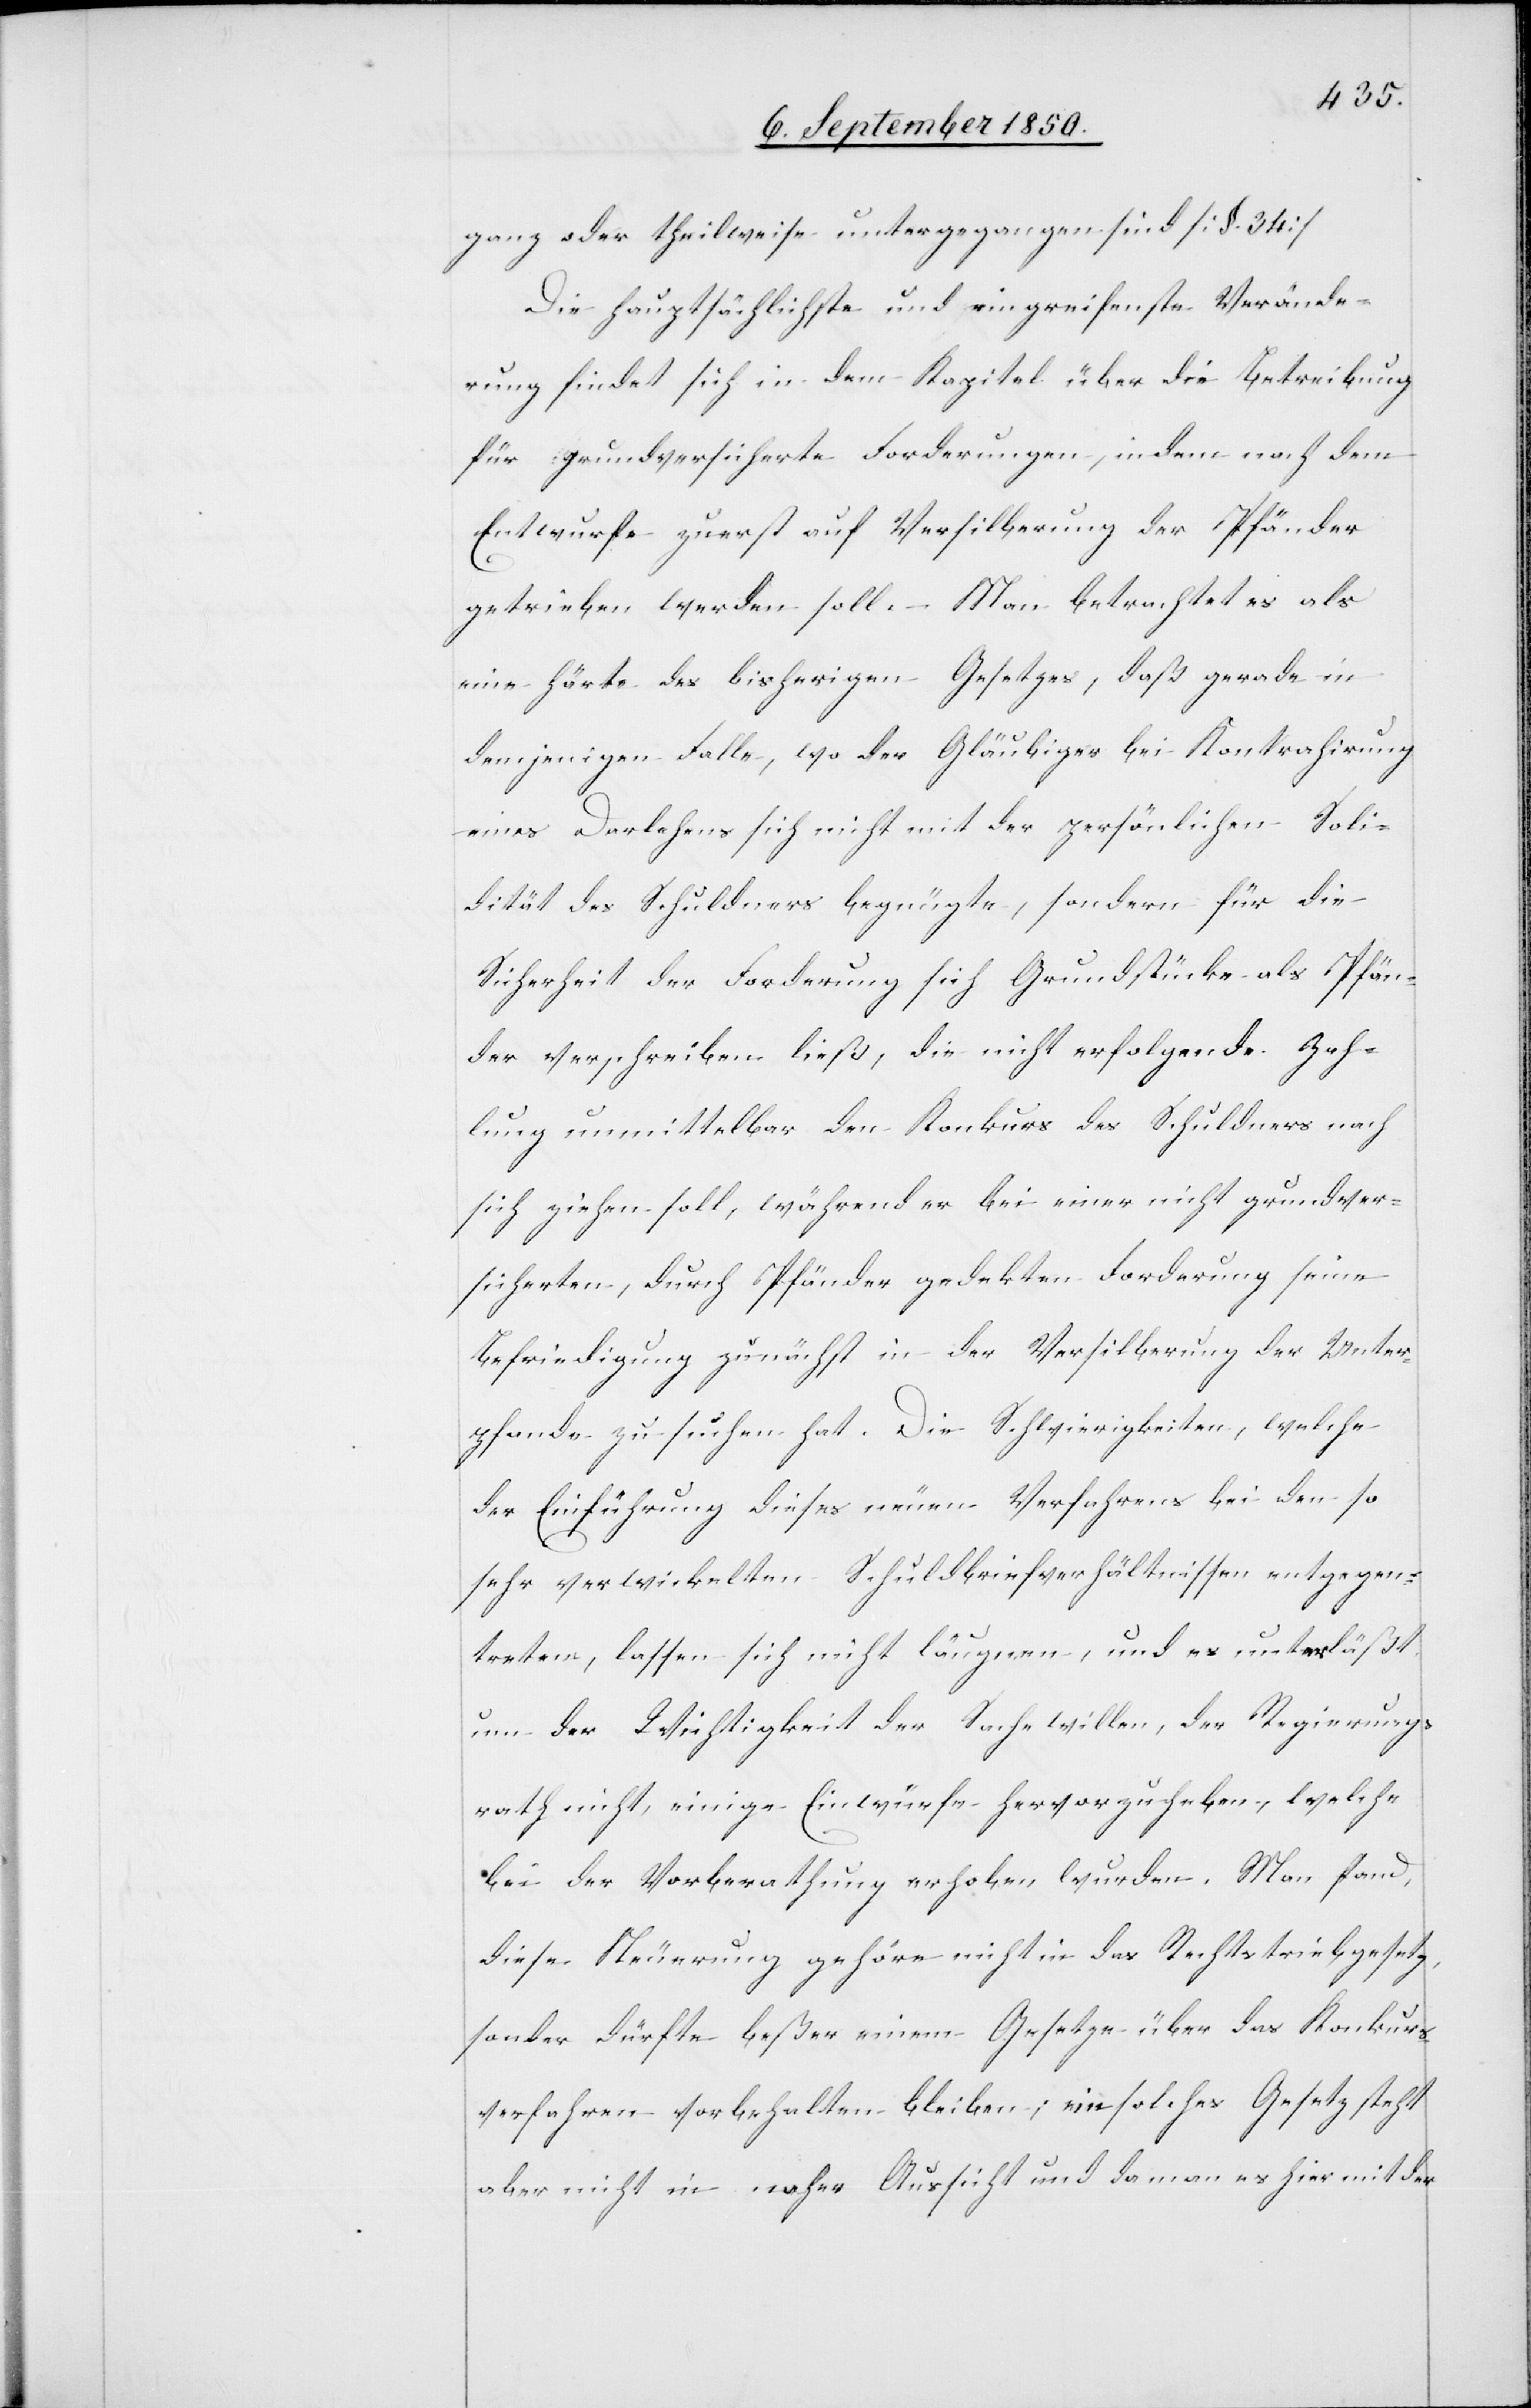
ganz oder theilsweise untergegangen sind [§. 34]
Die hauptsächlichste und eingreifenste Verände¬
rung findet sich in dem Kapitel über die Betreibung
für grundversicherte Forderungen, indem nach dem
Entwurfe zuerst auf Versilberung der Pfänder
getrieben werden soll. Man betrachtet es als
eine Härte des bisherigen Gesetzes, daß gerade in
demjenigen Falle, wo der Gläubiger bei Kontrahirung
eines Darlehens sich nicht mit der persönlichen Soli¬
dität des Schuldners begnügte, sondern für die
Sicherheit der Forderung sich Grundstücke als Pfän¬
der verschreiben ließ, die nicht erfolgende Zah¬
lung unmittelbar den Konkurs des Schuldners nach
sich ziehen soll, während er bei einer nicht grundver¬
sicherten, durch Pfänder gedekten Forderung seine
Befriedigung zunächst in der Versilberung der Unter¬
pfande zu suchen hat. Die Schwierigkeiten, welche
der Einführung dieses neuen Verfahrens bei den so
sehr verwickelten Schuldbriefverhältnissen entgegen¬
treten, lassen sich nicht läugnen, und es unterläßt
um der Wichtigkeit der Sache willen, der Regierungs¬
rath nicht, einige Einwürfe hervorzuheben, welche
bei der Vorberathung erhoben wurden. Man fand,
diese Neuerung gehöre nicht in das Rechtstreibgesetz,
sondern dürfte beßer einem Gesetze über das Konkurs¬
verfahren vorbehalten bleiben; ein solches Gesetz steht
aber nicht in naher Aussicht und da man es hier mit der